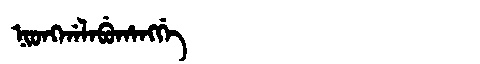
Manchu: ᠨᡳᠣᠩᡤᠠᠯᠠᠪᡠᡥᠠᠩᡤᡝ
Romanization: NIONGGALABUHANGGE